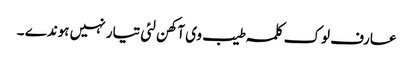
عارف لوک کلمہ طیب وی آکھن لئی تیار نہیں ہوندے ۔